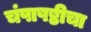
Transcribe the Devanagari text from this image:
चंपाषष्ठीचा